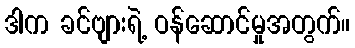
ဒါက ခင်ဗျားရဲ့ ဝန်ဆောင်မှုအတွက်။